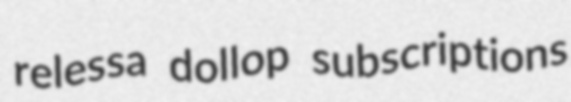
relessa dollop subscriptions